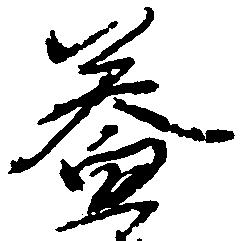
益